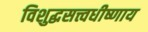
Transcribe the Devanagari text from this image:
विशुद्धसत्त्वधीष्णाय